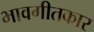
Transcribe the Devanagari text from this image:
भावगीतकार